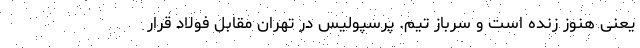
یعنی هنوز زنده است و سرباز تیم. پرسپولیس در تهران مقابل فولاد قرار